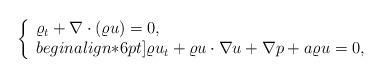
LaTeX: \begin{align*}\left\{\begin{array}{ll}\varrho_t + \nabla\cdot(\varrho u)=0, \\begin{align*}6pt]\varrho u_t + \varrho u\cdot\nabla u +\nabla p + a \varrho u = 0,\end{array}\right.\end{align*}